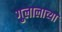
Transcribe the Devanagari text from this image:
गुलालाच्या